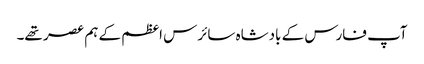
آپ فارس کے بادشاہ سائرس اعظم کے ہم عصر تھے۔